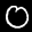
Label: 0